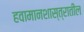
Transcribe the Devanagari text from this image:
हवामानशास्त्रातील